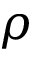
\rho